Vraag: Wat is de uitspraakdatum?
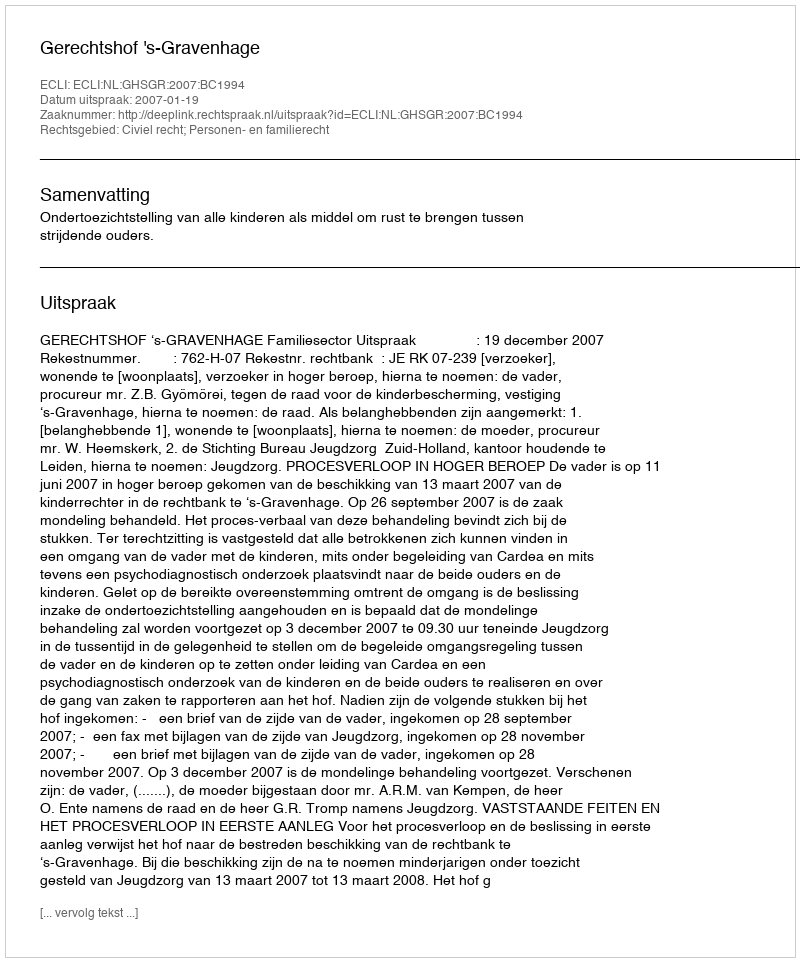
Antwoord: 2007-01-19